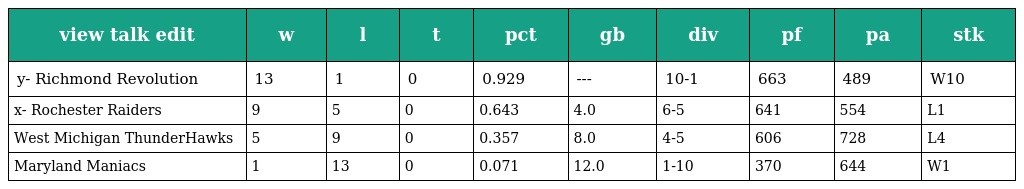
| view talk edit | w | l | t | pct | gb | div | pf | pa | stk |
 | --- | --- | --- | --- | --- | --- | --- | --- | --- | --- |
 | y- Richmond Revolution | 13 | 1 | 0 | 0.929 | --- | 10-1 | 663 | 489 | W10 |
 | x- Rochester Raiders | 9 | 5 | 0 | 0.643 | 4.0 | 6-5 | 641 | 554 | L1 |
 | West Michigan ThunderHawks | 5 | 9 | 0 | 0.357 | 8.0 | 4-5 | 606 | 728 | L4 |
 | Maryland Maniacs | 1 | 13 | 0 | 0.071 | 12.0 | 1-10 | 370 | 644 | W1 |